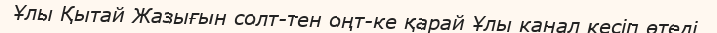
Ұлы Қытай Жазығын солт-тен оңт-ке қарай Ұлы канал кесіп өтеді.